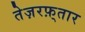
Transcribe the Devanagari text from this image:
तेज़रफ़्तार